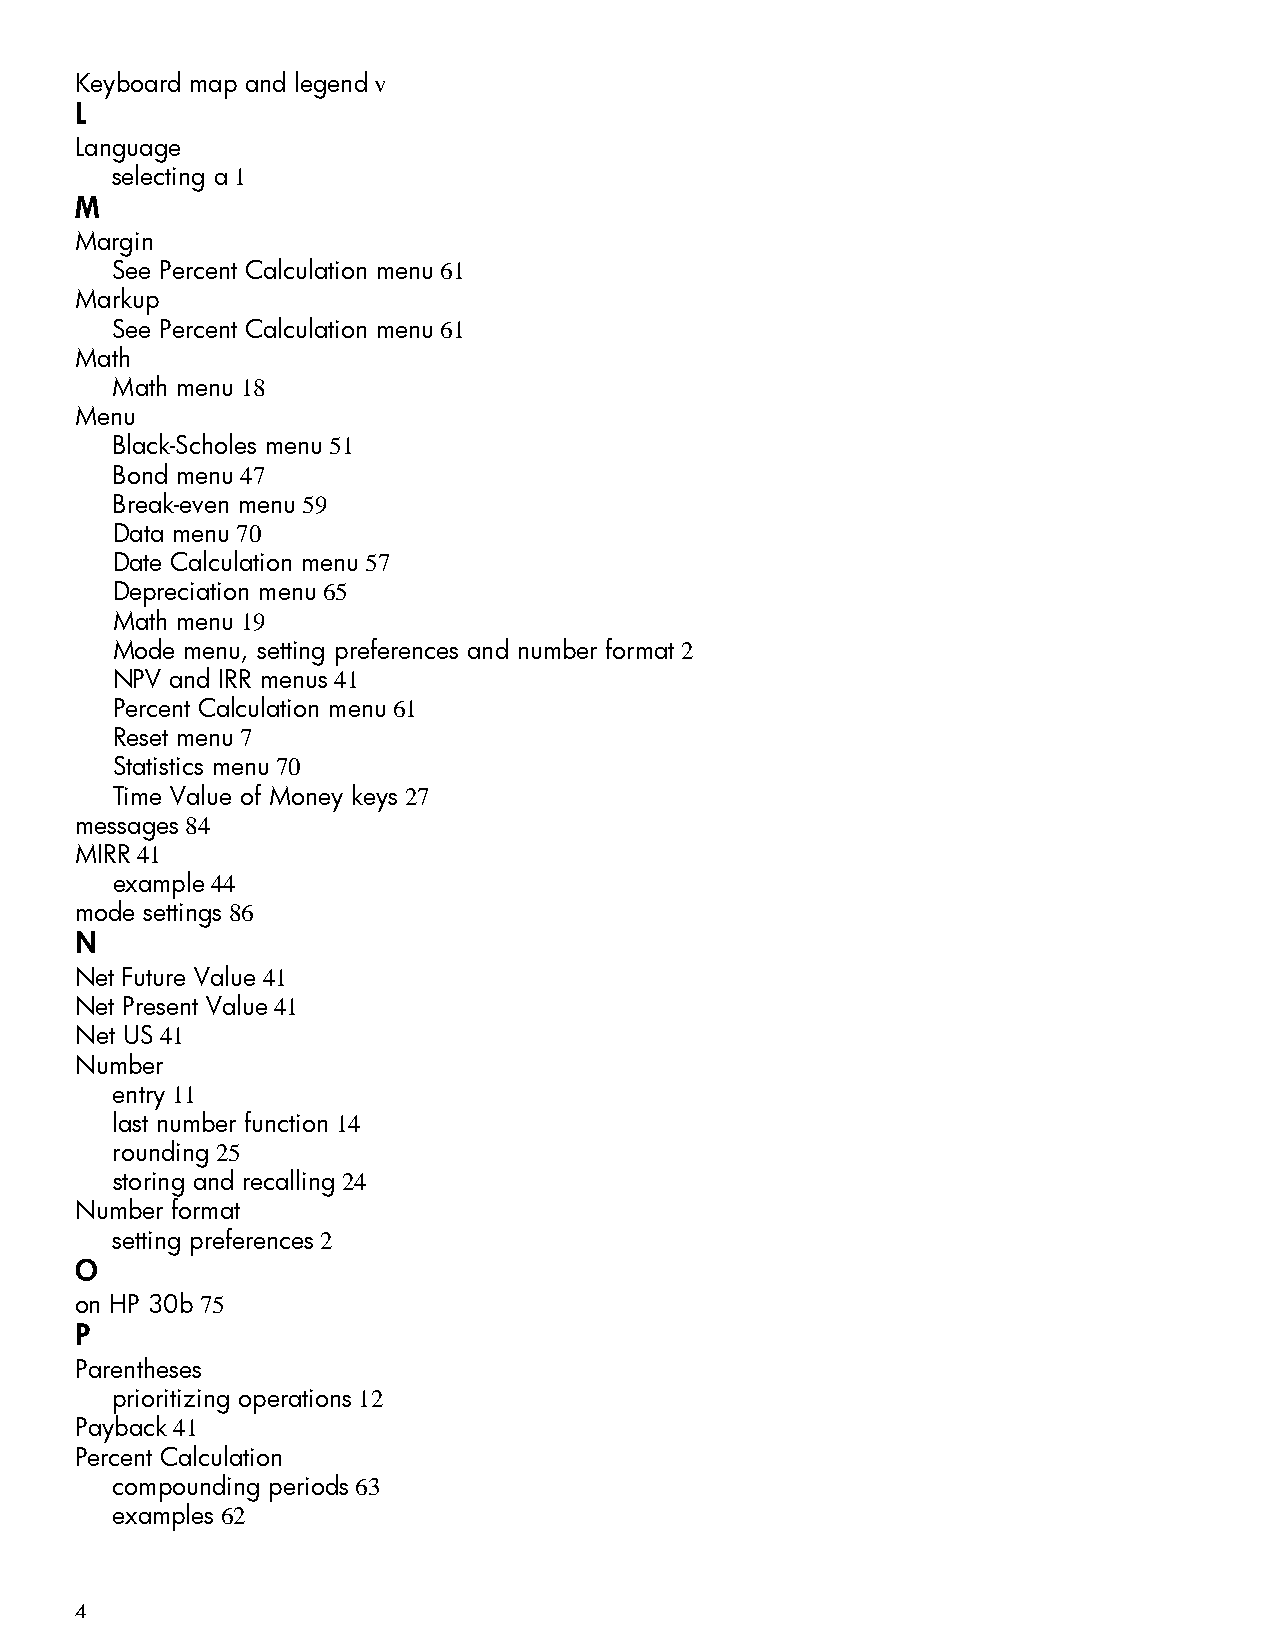
Keyboard map and legend v
 L
 Language
 selecting a 1
 M
 Margin
 See Percent Calculation menu 61
 Markup
 See Percent Calculation menu 61
 Math
 Math menu 18
 Menu
 Black-Scholes menu 51
 Bond menu 47
 Break-even menu 59
 Data menu 70
 Date Calculation menu 57
 Depreciation menu 65
 Math menu 19
 Mode menu, setting preferences and number format 2
 NPV and IRR menus 41
 Percent Calculation menu 61
 Reset menu 7
 Statistics menu 70
 Time Value of Money keys 27
 messages 84
 MIRR 41
 example 44
 mode settings 86
 N
 Net Future Value 41
 Net Present Value 41
 Net US 41
 Number
 entry 11
 last number function 14
 rounding 25
 storing and recalling 24
 Number format
 setting preferences 2
 O
 on HP 30b 75
 P
 Parentheses
 prioritizing operations 12
 Payback 41
 Percent Calculation
 compounding periods 63
 examples 62
 4